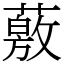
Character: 薂